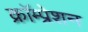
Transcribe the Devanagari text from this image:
क्रॉम्प्रेशन